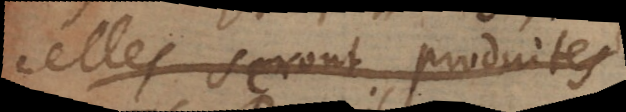
elles seront produites